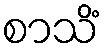
စာသိံ